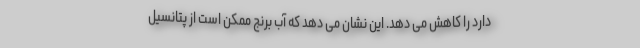
دارد را کاهش می دهد. این نشان می دهد که آب برنج ممکن است از پتانسیل